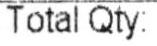
TOTAL QTY: